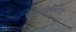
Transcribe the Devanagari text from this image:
होळीशिवाय